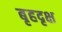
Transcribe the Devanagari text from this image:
बृहदृक्ष